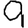
Digit: 9